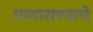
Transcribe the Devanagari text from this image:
मागासण्याचे